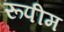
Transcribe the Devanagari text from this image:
रूपीम